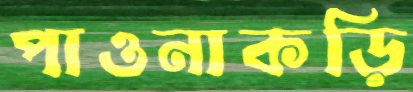
পাওনাকড়ি